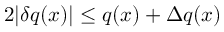
2 | \delta q ( x ) | \leq q ( x ) + \Delta q ( x )